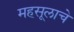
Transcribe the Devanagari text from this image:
महसूलाचे